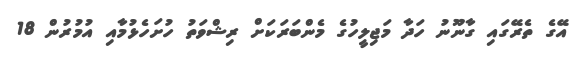
އޭގެ ތެރޭގައި ގާނޫނު ހަދާ މަޖިލީހުގެ މެންބަރަކަށް ރިޝްވަތު ހުށަހެޅުމާއި އުމުރުން 18